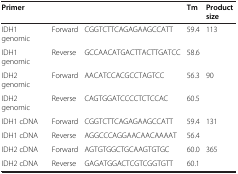
<table><thead><tr><td><b>Primer</b></td><td><b> </b></td><td><b> </b></td><td><b>Tm</b></td><td><b>Product size</b></td></tr></thead><tbody><tr><td>IDH1 genomic</td><td>Forward</td><td>CGGTCTTCAGAGAAGCCATT</td><td>59.4</td><td>113</td></tr><tr><td>IDH1 genomic</td><td>Reverse</td><td>GCCAACATGACTTACTTGATCC</td><td>58.6</td><td> </td></tr><tr><td>IDH2 genomic</td><td>Forward</td><td>AACATCCACGCCTAGTCC</td><td>56.3</td><td>90</td></tr><tr><td>IDH2 genomic</td><td>Reverse</td><td>CAGTGGATCCCCTCTCCAC</td><td>60.5</td><td> </td></tr><tr><td>IDH1 cDNA</td><td>Forward</td><td>CGGTCTTCAGAGAAGCCATT</td><td>59.4</td><td>131</td></tr><tr><td>IDH1 cDNA</td><td>Reverse</td><td>AGGCCCAGGAACAACAAAAT</td><td>56.4</td><td> </td></tr><tr><td>IDH2 cDNA</td><td>Forward</td><td>AGTGTGGCTGCAAGTGTGC</td><td>60.0</td><td>365</td></tr><tr><td>IDH2 cDNA</td><td>Reverse</td><td>GAGATGGACTCGTCGGTGTT</td><td>60.1</td><td> </td></tr></tbody></table>